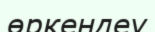
өркендеу